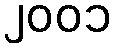
၂၀၀၁